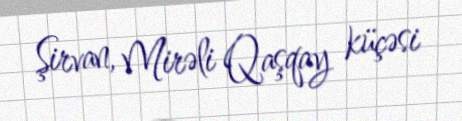
Şirvan, Mirəli Qaşqay küçəsi